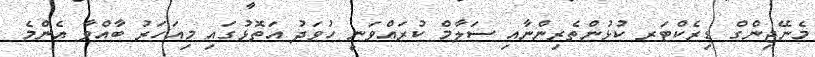
މެނޭޖިންގް ޑިރެކްޓަރ ކުޅުންތެރިންނާއި ސަލާމް ކުރައްވަނީ ހުވަދު އަތޮޅުގައި މިއަހަރު ބާއްވާ އެންމެ